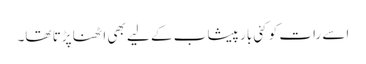
اسے رات کو کئی بار پیشاب کے لیے بھی اٹھنا پڑتا تھا۔